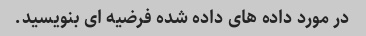
در مورد داده های داده شده فرضیه ای بنویسید.